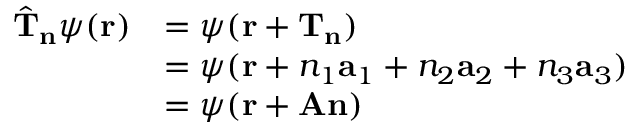
{ \begin{array} { r l } { { \hat { \mathbf { T } } } _ { \mathbf { n } } \psi ( \mathbf { r } ) } & { = \psi ( \mathbf { r } + \mathbf { T } _ { \mathbf { n } } ) } \\ & { = \psi ( \mathbf { r } + n _ { 1 } \mathbf { a } _ { 1 } + n _ { 2 } \mathbf { a } _ { 2 } + n _ { 3 } \mathbf { a } _ { 3 } ) } \\ & { = \psi ( \mathbf { r } + \mathbf { A } \mathbf { n } ) } \end{array} }